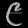
Digit: ၉